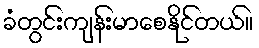
ခံတွင်းကျန်းမာစေနိုင်တယ်။